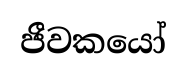
ජීවකයෝ